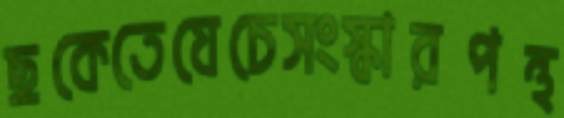
ছকেতেযেচেসংস্কারপন্থ